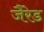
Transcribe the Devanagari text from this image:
जैरेड